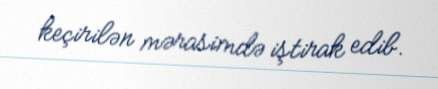
keçirilən mərasimdə iştirak edib.